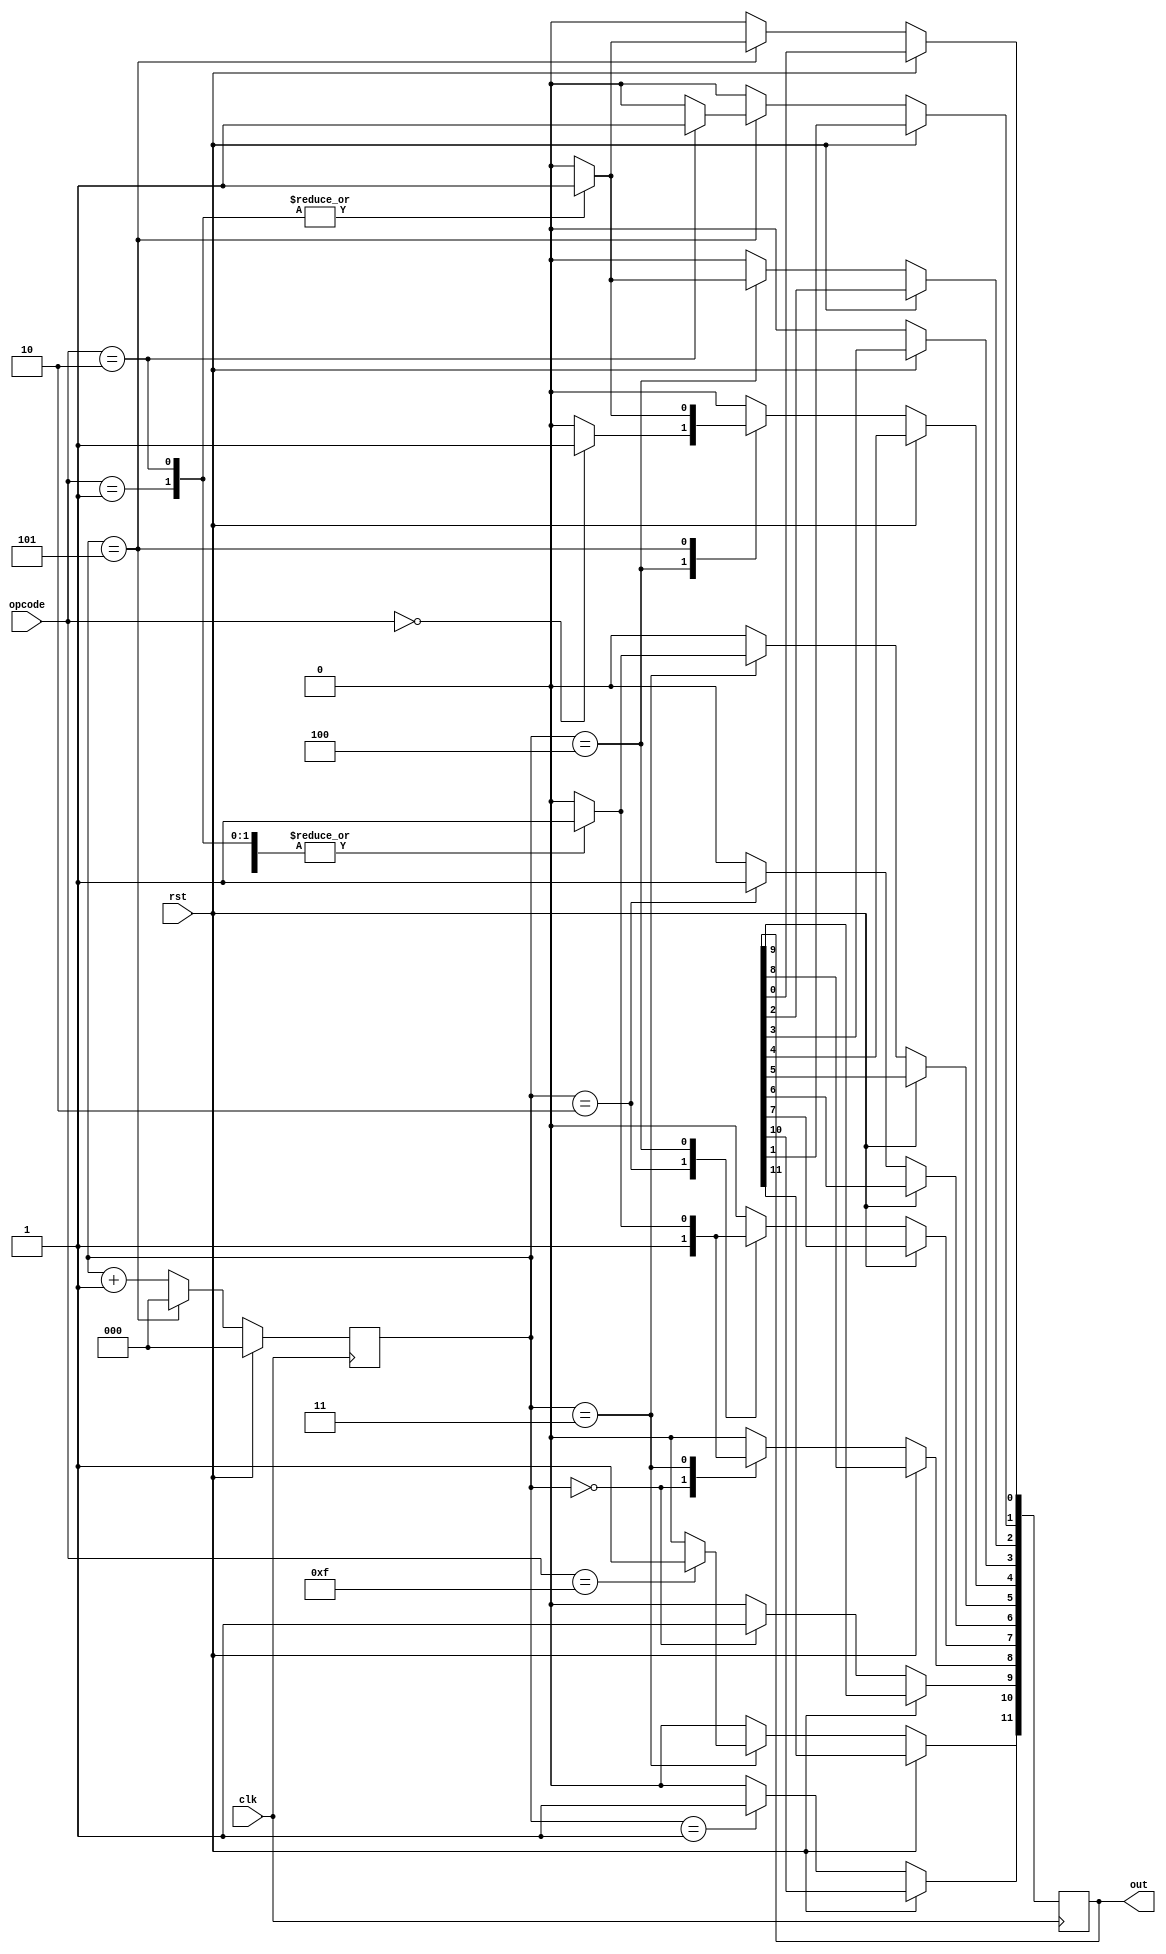
`default_nettype none
`timescale 1ns/1ps
module controller(
    input 	 clk,
    input 	 rst,
    input[3:0]   opcode,
    output[11:0] out
    );

    localparam SIG_HLT       = 11;
    localparam SIG_PC_INC    = 10;
    localparam SIG_PC_EN     = 9;
    localparam SIG_MEM_LOAD  = 8;
    localparam SIG_MEM_EN    = 7;
    localparam SIG_IR_LOAD   = 6;
    localparam SIG_IR_EN     = 5;
    localparam SIG_A_LOAD    = 4;
    localparam SIG_A_EN      = 3;
    localparam SIG_B_LOAD    = 2;
    localparam SIG_ADDER_SUB = 1;
    localparam SIG_ADDER_EN  = 0;
    
    localparam OP_LDA = 4'b0000;
    localparam OP_ADD = 4'b0001;
    localparam OP_SUB = 4'b0010;
    localparam OP_HLT = 4'b1111;
    
    reg [2:0]  stage;
    reg [11:0] control_word;
    
    always @(posedge clk) begin
        // Reset condition
        if (rst) begin
            stage <= 0;
        end else begin
            // Stage transition logic
            if (stage == 5) begin
                stage <= 0;
            end else begin
                stage <= stage + 1;
            end
    
        	control_word <= 12'b0;
        	case (stage)
        		0: begin
        			control_word[SIG_PC_EN] <= 1;
        			control_word[SIG_MEM_LOAD] <= 1;
        		end
        		1: begin
        			control_word[SIG_PC_INC] <= 1;
        		end
        		2: begin
        			control_word[SIG_MEM_EN] <= 1;
        			control_word[SIG_IR_LOAD] <= 1;
        		end
        		3: begin
        			case (opcode)
        				OP_LDA: begin
        					control_word[SIG_IR_EN] <= 1;
        					control_word[SIG_MEM_LOAD] <= 1;
        				end
        				OP_ADD: begin
        					control_word[SIG_IR_EN] <= 1;
        					control_word[SIG_MEM_LOAD] <= 1;
        				end
        				OP_SUB: begin
        					control_word[SIG_IR_EN] <= 1;
        					control_word[SIG_MEM_LOAD] <= 1;
        				end
        				OP_HLT: begin
        					control_word[SIG_HLT] <= 1;
					end
        			endcase
        		end
        		4: begin
        			case (opcode)
        				OP_LDA: begin
        					control_word[SIG_MEM_EN] <= 1;
        					control_word[SIG_A_LOAD] <= 1;
        				end
        				OP_ADD: begin
        					control_word[SIG_MEM_EN] <= 1;
        					control_word[SIG_B_LOAD] <= 1;
        				end
        				OP_SUB: begin
        					control_word[SIG_MEM_EN] <= 1;
        					control_word[SIG_B_LOAD] <= 1;
					end
        			endcase
        		end
        		5: begin
        			case (opcode)
        				OP_ADD: begin
        					control_word[SIG_ADDER_EN] <= 1;
        					control_word[SIG_A_LOAD] <= 1;
        				end
        				OP_SUB: begin
        					control_word[SIG_ADDER_SUB] <= 1;
        					control_word[SIG_ADDER_EN] <= 1;
        					control_word[SIG_A_LOAD] <= 1;
        				end
        			endcase
        		end
        	endcase
        end
    end
    
    assign out = control_word;
    
endmodule